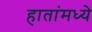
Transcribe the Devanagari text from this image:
हातांमध्ये